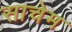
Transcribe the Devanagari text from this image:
साचेम